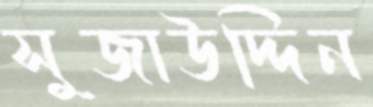
সুজাউদ্দিন